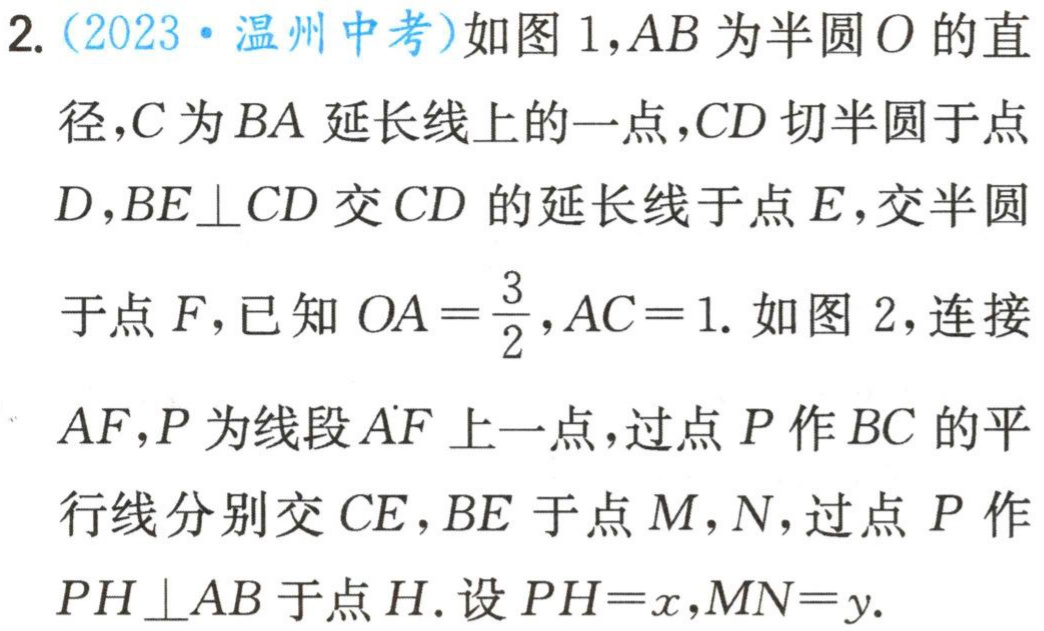
2.（2023·温州中考）如图1，\(AB\)为半圆\(O\)的直
径，\(C\)为\(BA\)延长线上的一点，\(CD\)切半圆于点
\(D\)，\(BE\perp CD\)交\(CD\)的延长线于点\(E\)，交半圆
于点\(F\)，已知\(OA = \frac{3}{2},AC = 1\). 如图2，连接
\(AF\)，\(P\)为线段\(AF\)上一点，过点\(P\)作\(BC\)的平
行线分别交\(CE\)，\(BE\)于点\(M\)，\(N\)，过点\(P\)作
\(PH\perp AB\)于点\(H\). 设\(PH = x,MN = y\).